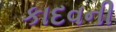
કાદવની